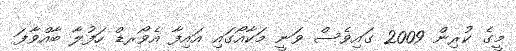
މީގެ ކުރިން 2009 ގައިވެސް ވަނީ މަކާއޯގައި އައިފާ އެވޯރޑް ހަފުލާ ބާއްވާފަ